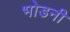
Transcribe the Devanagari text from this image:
भोडनी